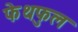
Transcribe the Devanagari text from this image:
फेथफुल